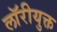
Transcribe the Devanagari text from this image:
लॉरीयुक्त